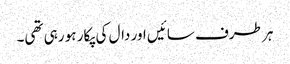
ہر طرف سائیں اور دال کی پکار ہو رہی تھی۔